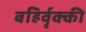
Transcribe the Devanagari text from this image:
बहिर्वृक्की